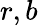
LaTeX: r,b